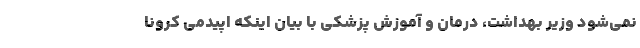
نمی‌شود وزیر بهداشت، درمان و آموزش پزشکی با بیان اینکه اپیدمی کرونا